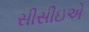
સીસીઇએ